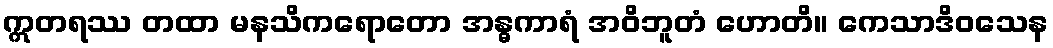
ဣတရဿ တထာ မနသိကရောတော အန္ဓကာရံ အဝိဘူတံ ဟောတိ။ ကေသာဒိဝသေန